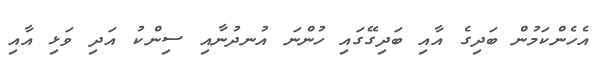
އެހެންކަމުން ބަދިގެ އާއި ބަދިގޭގައި ހުންނަ އުނދުނާއި ސިންކު އަދި ވަޅި އާއި